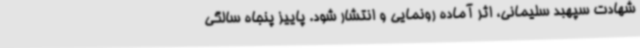
شهادت سپهبد سلیمانی، اثر آماده رونمایی و انتشار شود. پاییز پنجاه سالگی